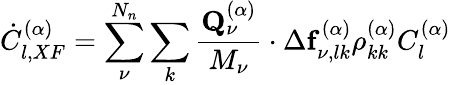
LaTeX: \dot{C}_{l,XF}^{(\alpha)}=\sum_{\nu}^{N_{n}}\sum_{k}\frac{\mathbf{Q}_{\nu}^{(\alpha)}}{M_{\nu}}\cdot\Delta\mathbf{f}_{\nu,lk}^{(\alpha)}\rho_{kk}^{(\alpha)}C_{l}^{(\alpha)}